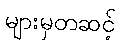
များမှတဆင့်